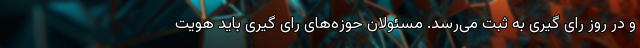
و در روز رای گیری به ثبت می‌رسد. مسئولان حوزه‌های رای گیری باید هویت